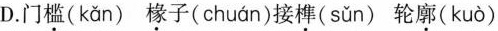
D.门槛( kǎn )椽子( chuán )接榫( sǔn )轮廓( kuò )